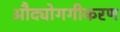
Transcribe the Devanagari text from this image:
औद्योगगीकरण